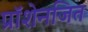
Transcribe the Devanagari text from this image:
प्रॉशेनजित